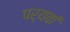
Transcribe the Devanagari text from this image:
पर्यकं